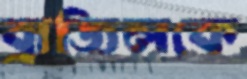
ব্রাজিলকে